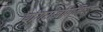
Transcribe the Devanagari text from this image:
योगराजोपनिषद्